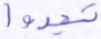
تجدوا